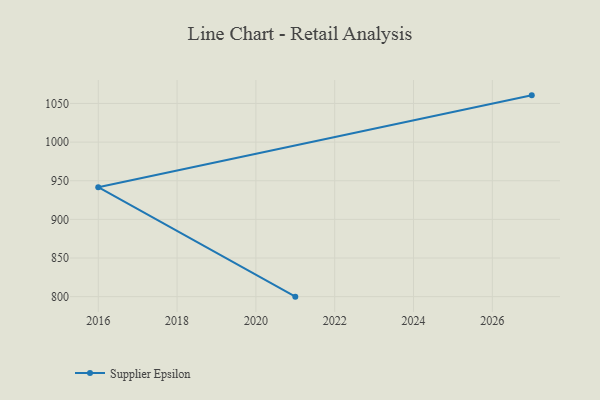
{"axis": {"x": "Year", "y": "Gross Profit (USD K)"}, "legend": ["Supplier Epsilon"], "data": [{"x": "2027", "y": 1060.5, "type": "Supplier Epsilon"}, {"x": "2016", "y": 941.6, "type": "Supplier Epsilon"}, {"x": "2021", "y": 800, "type": "Supplier Epsilon"}]}